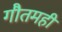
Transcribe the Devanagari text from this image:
गौतमही